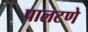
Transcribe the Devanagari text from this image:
पालटणे